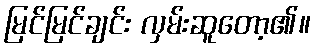
မြင်မြင်ချင်း လှမ်းဆူတော့၏။